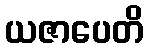
ယဇာပေတိ